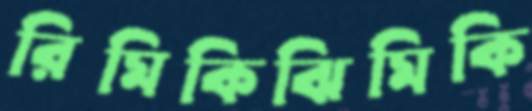
রিমিকিঝিমিকি